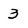
Character: 3